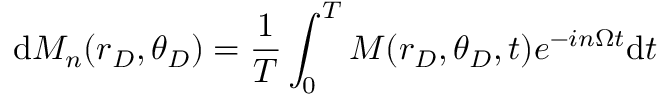
\mathrm { d } M _ { n } ( r _ { D } , \theta _ { D } ) = \frac { 1 } { T } \int _ { 0 } ^ { T } M ( r _ { D } , \theta _ { D } , t ) e ^ { - i n \Omega t } \mathrm { d } t